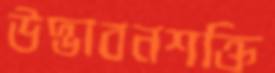
উদ্ভাবনশক্তি